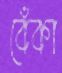
বেঁকা